Scottish Certificate of Education, 1962
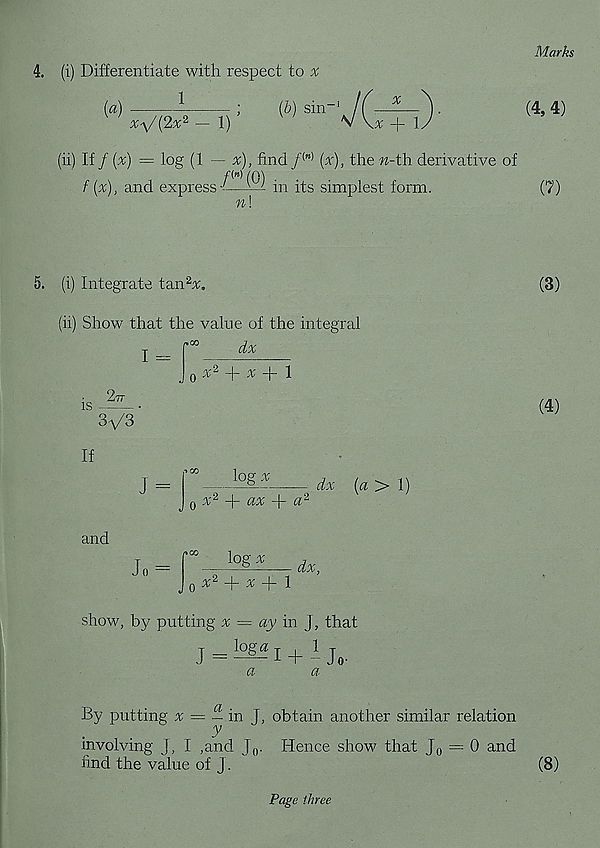
Marks
4. (i) Differentiate with respect to ^
1
{a)
x-\/(2x 2 — 1)
(b) sin- l J
x
X + 1
(4, 4)
(ii) If / (x) = log (1 — x), find / (M) (x), the w-th derivative of
f{x), and express
^ in its simplest form.
n\
(7)
5. (i) Integrate tan 2 x.
(ii) Show that the value of the integral
dx
I =
X 2 + V + 1
IS
2,tt
3V3
If
and
J =
Jo =
log X
0 x 2 -j- ax
a'^
00
log x
dx (a > 1)
v 2 + x + 1
dx,
show, by putting v = ay in J, that
J =
I + I J 0 .
(3)
(4)
By putting v = — in J, obtain another similar relation
involving j, I ,and
Hence show that [„ = 0 and
find the value of j.
(8)
Page three